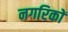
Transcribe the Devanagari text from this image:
नगरिकों